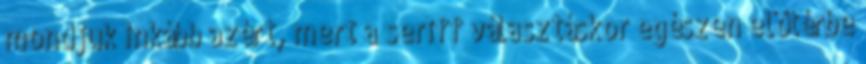
mondjuk inkább azért, mert a seriff választáskor egészen előtérbe